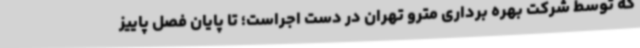
که توسط شرکت بهره برداری مترو تهران در دست اجراست؛ تا پایان فصل پاییز